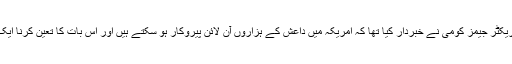
گزشتہ ہفتے فیڈرل بیورو آف انوسٹیگیشن کے ڈائریکٹر جیمز کومی نے خبردار کیا تھا کہ امریکہ میں داعش کے ہزاروں آن لائن پیروکار ہو سکتے ہیں اور اس بات کا تعین کرنا ایک چیلنج ہے کہ ان میں سے کون حقیقی خطرہ ہے۔